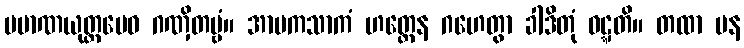
ပမာဏယုတ္တမေဝ ဂဏှိတဗ္ဗံ။ အာမကသာကံ ဟတ္ထေန ဂဟေတွာ ခါဒိတုံ ဝဋ္ဋတိ။ တထာ ပန